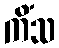
ကိံသ